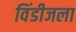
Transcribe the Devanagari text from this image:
विंडीजला